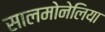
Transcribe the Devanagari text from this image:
सालमोनेलिया